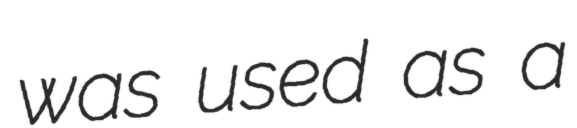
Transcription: was used as a